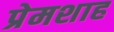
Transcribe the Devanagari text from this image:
प्रेमशाह